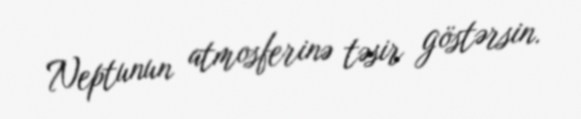
Neptunun atmosferinə təsir göstərsin.